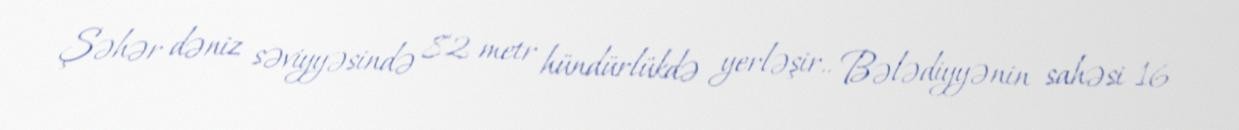
Şəhər dəniz səviyyəsində 82 metr hündürlükdə yerləşir.. Bələdiyyənin sahəsi 16